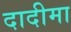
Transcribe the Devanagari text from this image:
दादीमा